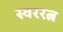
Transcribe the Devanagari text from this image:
स्वररत्न